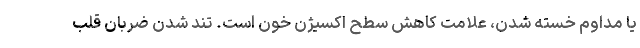
یا مداوم خسته شدن، علامت کاهش سطح اکسیژن خون است. تند شدن ضربان قلب